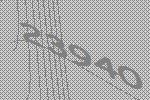
23940